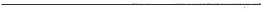
___